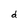
Character: d